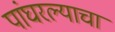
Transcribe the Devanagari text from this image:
पांघरल्याचा